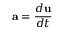
\displaystyle \mathbf { a } = \frac { d \mathbf { u } } { d t }